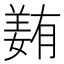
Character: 𡡭